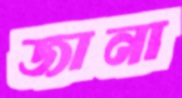
জানা